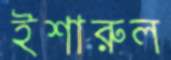
ইশারুল